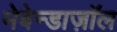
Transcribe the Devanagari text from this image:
मेबेन्डाज़ॉल